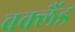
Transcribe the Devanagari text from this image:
बक्लैंड